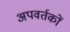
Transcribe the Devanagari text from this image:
अपवर्तकों